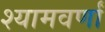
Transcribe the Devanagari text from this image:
श्यामवर्णां